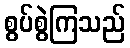
စွပ်စွဲကြသည်